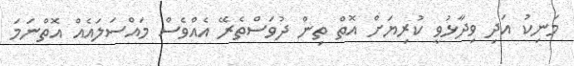
މަނިކު އަދި ވިދާޅުވީ ކުރިޔަށް އޮތް ތިން ދުވަސްތެރޭ އެއްވެސް މައްސަލައެއް އޮތްނަމަ